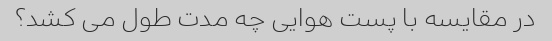
در مقایسه با پست هوایی چه مدت طول می کشد؟